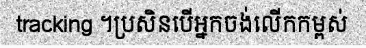
tracking ។ប្រសិនបើអ្នកចង់លើកកម្ពស់